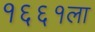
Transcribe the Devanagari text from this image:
१६६१ला